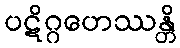
ပဋိဂ္ဂဟေဿန္တိ